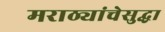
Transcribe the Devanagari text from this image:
मराठ्यांचेसुद्धा